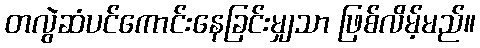
တလွဲဆံပင်ကောင်းနေခြင်းမျှသာ ဖြစ်လိမ့်မည်။